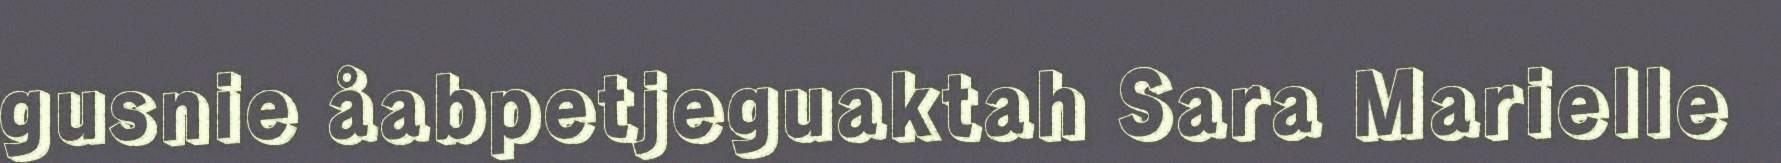
gusnie åabpetjeguaktah Sara Marielle